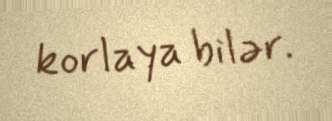
korlaya bilər.